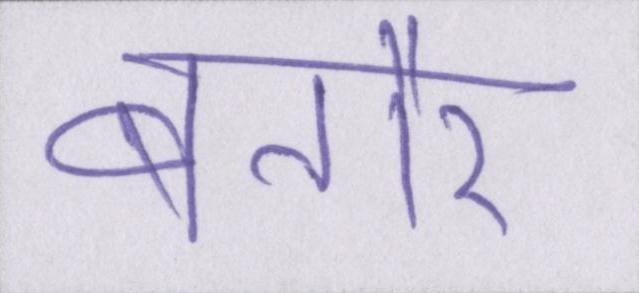
बतौर